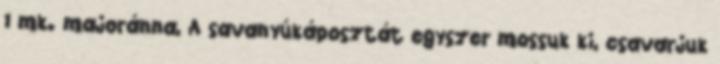
1 mk. majoránna, A savanyúkáposztát egyszer mossuk ki, csavarjuk